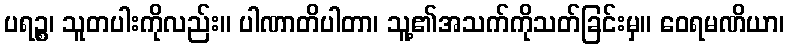
ပရဉ္စ၊ သူတပါးကိုလည်း။ ပါဏာတိပါတာ၊ သူ့၏အသက်ကိုသတ်ခြင်းမှ။ ဝေရမဏိယာ၊